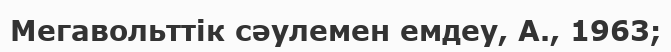
Мегавольттік сәулемен емдеу, А., 1963;